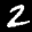
Label: 2